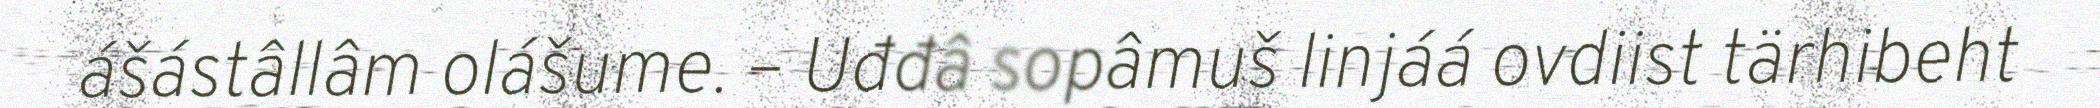
ášástâllâm olášume. – Uđđâ sopâmuš linjáá ovdiist tärhibeht